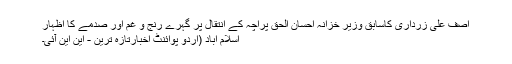
آصف علی زرداری کاسابق وزیر خزانہ احسان الحق پراچہ کے انتقال پر گہرے رنج و غم اور صدمے کا اظہار
اسلام آباد (اُردو پوائنٹ اخبارتازہ ترین - این این آئی۔